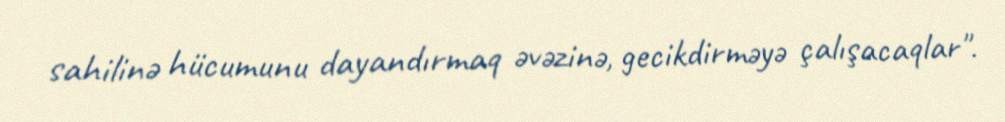
sahilinə hücumunu dayandırmaq əvəzinə, gecikdirməyə çalışacaqlar".